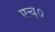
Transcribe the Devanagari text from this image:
एच्‌०